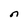
Character: n